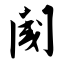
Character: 阈